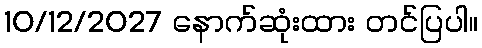
10/12/2027 နောက်ဆုံးထား တင်ပြပါ။